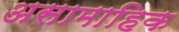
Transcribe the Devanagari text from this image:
असामाहिक